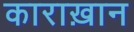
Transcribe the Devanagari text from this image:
काराख़ान